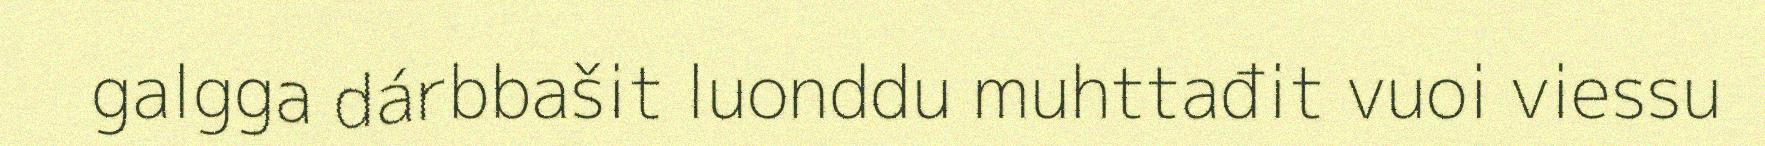
galgga dárbbašit luonddu muhttađit vuoi viessu